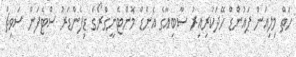
ހަތް މިލިއަން ޕައުންޑް ހޭދަކުރިއިރު ސާބިއާގެ އެންޑް މޮންޓެނީގްރޯގެ ޑިފެންޑަރު ސްޓެފަން ސަވިޗް